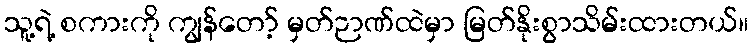
သူ့ရဲ့ စကားကို ကျွန်တော့် မှတ်ဉာဏ်ထဲမှာ မြတ်နိုးစွာသိမ်းထားတယ်။